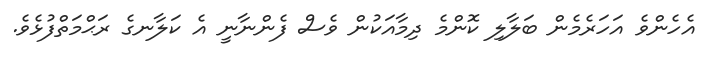
އެހެންވެ އަހަރެމެން ބަލާލި ކޮންމެ ދިމާއަކުން ވެސް ފެންނާނީ އެ ކަލާނގެ ރަޙްމަތްފުޅެވެ.